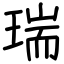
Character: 瑞